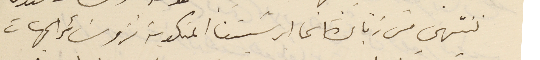
ننتهي من زيارة ابرشيتنا المنكوبة نزور سائر الجهات